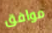
موافق